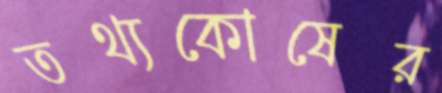
তথ্যকোষের